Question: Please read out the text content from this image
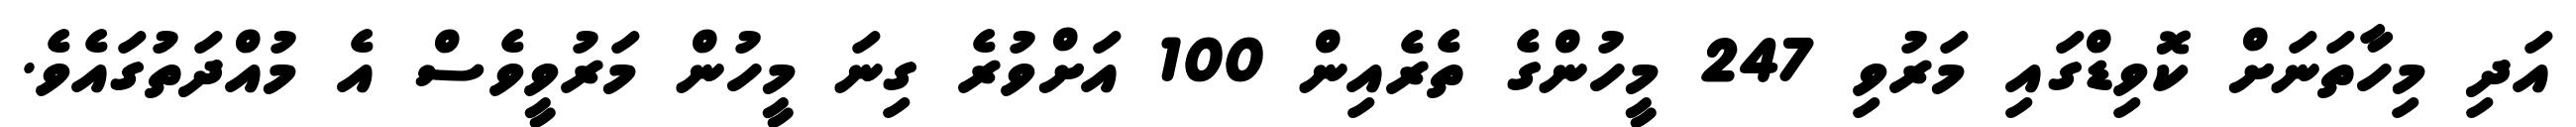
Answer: އަދި މިހާތަނަށް ކޮވިޑްގައި މަރުވި 247 މީހުންގެ ތެރެއިން 100 އަށްވުރެ ގިނަ މީހުން މަރުވީވެސް އެ މުއްދަތުގައެވެ.